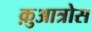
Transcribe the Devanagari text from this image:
क़ुआत्रोस